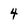
Character: 4